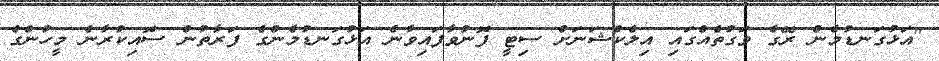
"އަޅުގަނޑުމެން ރޭގެ ވަގުތެއްގައި އިލެކްޝަނަށް ސިޓީ ފޮނުވާފައިވާނެ އަޅުގަނޑުމެންގެ ފަރާތުން ސޮއިކުރާނެ މީހުންގެ